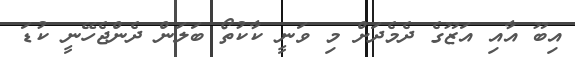
އިބޫ އާއި އަޒޫގެ ދެމެދަށް މި ވަނީ ކާކުތޯ ބަލަން ދެންޖެހޭނީ ކުޑަ